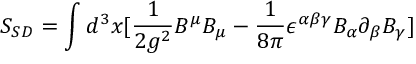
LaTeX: S _ { S D } = \int d ^ { 3 } x [ \frac { 1 } { 2 g ^ { 2 } } B ^ { \mu } B _ { \mu } - \frac { 1 } { 8 \pi } \epsilon ^ { \alpha \beta \gamma } B _ { \alpha } \partial _ { \beta } B _ { \gamma } ]